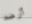
أرضه